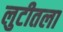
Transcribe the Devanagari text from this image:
लुटीतला